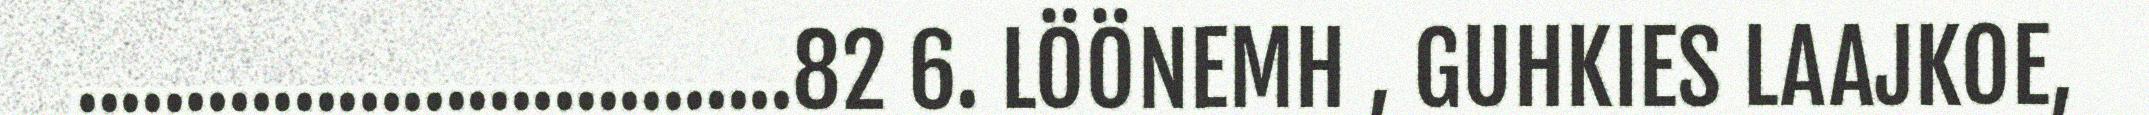
.................................82 6. LÖÖNEMH , GUHKIES LAAJKOE,